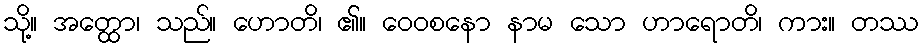
သို့။ အတ္ထော၊ သည်။ ဟောတိ၊ ၏။ ဝေဝစနော နာမ သော ဟာရောတိ၊ ကား။ တဿ